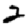
Digit: 2